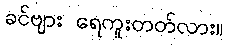
ခင်ဗျား ရေကူးတတ်လား။